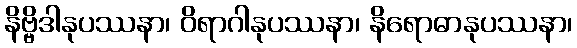
နိဗ္ဗိဒါနုပဿနာ၊ ဝိရာဂါနုပဿနာ၊ နိရောဓာနုပဿနာ၊